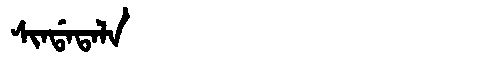
Manchu: ᠰᡳᠨᡩᠠᡨᠠᠯᠠ
Romanization: SINDATALA